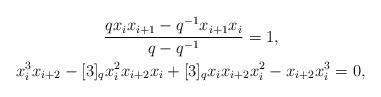
LaTeX: \begin{gather*}\frac{qx_ix_{i+1}-q^{-1}x_{i+1}x_i}{q-q^{-1}}=1, \\x_i^3x_{i+2}-[3]_qx_i^2x_{i+2}x_i+[3]_qx_ix_{i+2}x_i^2-x_{i+2}x_i^3=0,\end{gather*}